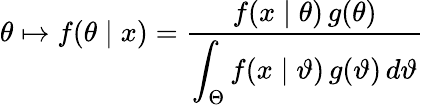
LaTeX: \theta\mapsto f(\theta\mid x)={\frac{f(x\mid\theta)\, g(\theta)}{\displaystyle\int_{\Theta}f(x\mid\vartheta)\, g(\vartheta)\, d\vartheta}}